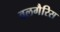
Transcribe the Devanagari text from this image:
वलगैरिस